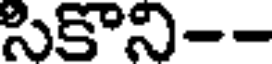
సికొని--